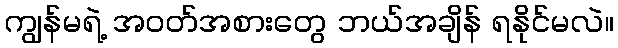
ကျွန်မရဲ့ အဝတ်အစားတွေ ဘယ်အချိန် ရနိုင်မလဲ။